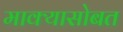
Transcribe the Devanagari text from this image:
माक्यासोबत